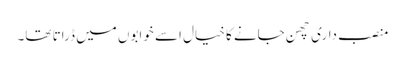
منصب داری چھن جانے کا خیال اسے خوابوں میں ڈراتا تھا۔